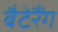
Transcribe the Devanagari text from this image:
बैटेरैंग